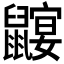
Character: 𲎠